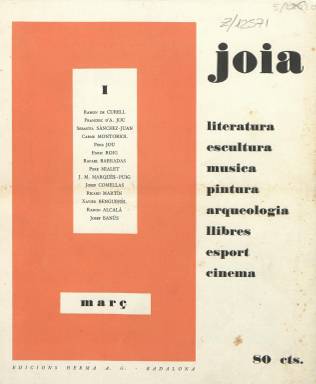
Título: Joia (Badalona)
Colección: Cultura
Ámbito geográfico: Barcelona
Lugar de publicación: Badalona (Barcelona)
Fechas: 01/03/1928-31/10/1928

Esta publicación en catalán editada en Badalona es una revista cultural de gran calidad y de periodicidad mensual que tuvo una corta vida. Sólo se editaron siete números en 1928 de marzo a octubre. Hubo dos entregas dobles, en mayo-junio y en septiembre-octubre, lógicamente con más páginas que los números mensuales.

   Se trata de una publicación elitista que pese al gran número de anuncios de publicidad con que contaba, lo que ayudaba a su financiación, no debió de tener un elevado número de lectores. Su contenido, como en sus coloreadas cubiertas se indica claramente, abarca una temática amplia: pintura, escultura, música, arquitectura, decoración, deportes, cine…También literatura, aunque no es propiamente una revista literaria.

  El punto de partida de la publicación son unas veladas literarias y musicales que se celebraban en el taller del arquitecto y poeta Ramón Sastre en un ático de un edificio del paseo de Gracia de Barcelona y a la que asistía un público selecto. Fue Sastre, que firmaba Ramón de Curell, quien fundó la revista con la idea de llegar a una audiencia ilustrada interesada por los movimientos de vanguardia en todas las artes.

  Se distribuyó por toda Cataluña con un sello de calidad tanto en los contenidos como en el papel, la tipografía y la fotografía, así como en los dibujos y grabados. Dos de sus colaboradores más estrechos fueron Xavier Benguerel y Sebastián Sánchez- Juan. El primero de ellos se encargó de la crítica de libros, mientras el segundo destacó por sus colaboraciones poéticas.

  Como muestra del preciosismo de la publicación, cabe reseñar que su subtítulo era el aforismo del poeta John Keats: ‘A thing of beauty is a joy for ever’, de donde ‘joy’ iba a interpretarse como joia en catalán.

   En el último número la portada estuvo dedicada a El Greco, que en esta época era considerado un adelantado a su tiempo y un inspirador de las vanguardias artísticas del siglo XX. Hay una curiosidad en el reportaje dedicado a este pintor en páginas interiores. Se publica una reproducción a página entera de la conocida como ‘La dama del armiño’ o ‘La hija del Greco’, un cuadro cuya atribución ha sido siempre polémica y que en la actualidad se da por seguro que no fue obra del genial pintor cretense afincado en Toledo.

[Descripción publicada el 17/08/2022]